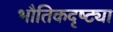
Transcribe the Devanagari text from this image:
भौतिकदृष्ट्या